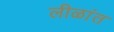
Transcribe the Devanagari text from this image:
लीळांत